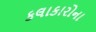
કલાકારોના